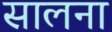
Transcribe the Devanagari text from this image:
सालना